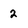
Character: 2